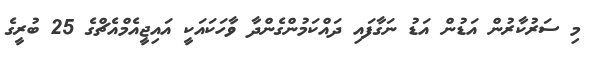
މި ސަރުކާރުން އަޑުން އަޑު ނަގާފައި ދައްކަމުންގެންދާ ވާހަކައަކީ އައިޖީއެމްއެޗްގެ 25 ބުރީގެ